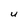
Character: U